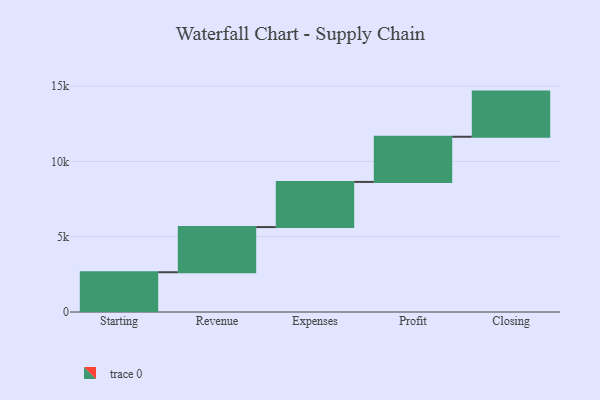
{"axis": {"x": "Step", "y": "Value"}, "legend": [""], "data": [{"x": "Starting", "y": 2641.0, "type": ""}, {"x": "Revenue", "y": 3000, "type": ""}, {"x": "Expenses", "y": 3000, "type": ""}, {"x": "Profit", "y": 3000, "type": ""}, {"x": "Closing", "y": 3000, "type": ""}]}